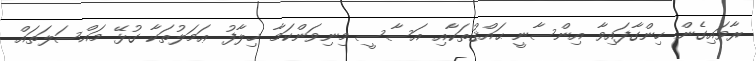
ރާވައިގެން ހިންގާފައިވާ އިންސާނީ ޙައްޤުތަކާއި އަސާސީ މިނިވަންކަމާ ޚިލާފު ޢަމަލުތަކާ ގުޅޭ މައްސަލަތައް